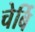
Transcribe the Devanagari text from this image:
चेर्बि